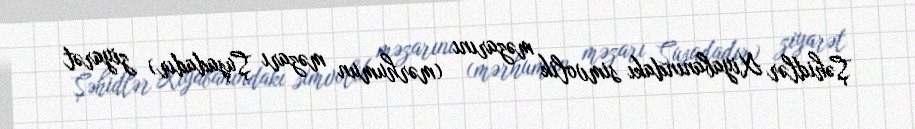
Şəhidlər Xiyabanındakı simvolik məzarını (mərhumun məzarı Şuşadadır) ziyarət